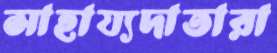
সাহায্যদাতারা